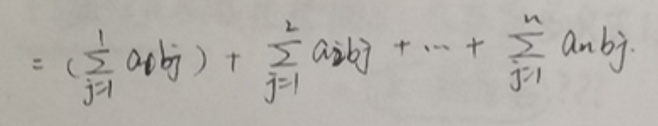
\[
=\left(\sum_{j = 1}^{1}a_{1}b_{j}\right)+\sum_{j = 1}^{2}a_{2}b_{j}+\cdots+\sum_{j = 1}^{n}a_{n}b_{j}
\]